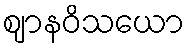
ဈာနဝိသယော